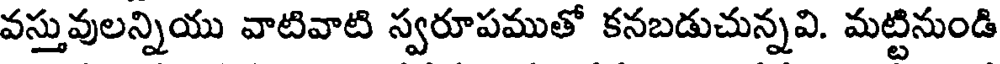
వస్తువులన్నియు వాటివాటి స్వరూపముతో కనబడుచున్నవి. మట్టినుండి